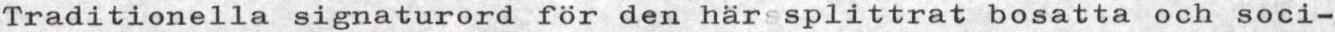
Traditionella signaturord för den här splittrat bosatta och soci-